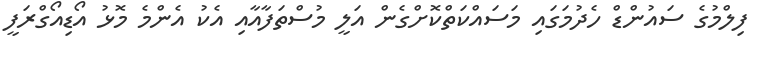
ފިލްމުގެ ސައުންޑް ހެދުމަގައި މަސައްކަތްކޮށްގެން އަލީ މުސްތަފާއާއި އެކު އެންމެ މޮޅު އޯޑިއޯގްރަފީ